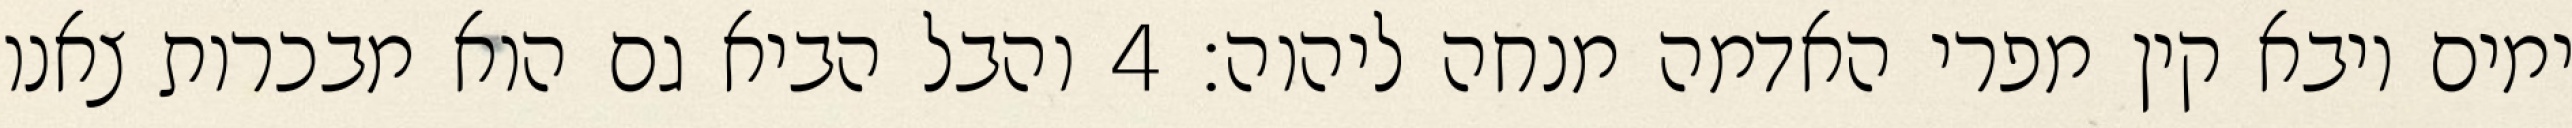
ימים ויבא קין מפרי האדמה מנחה ליהוה׃ ‎4‏ והבל הביא גם הוא מבכרות צאנו